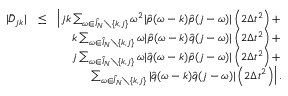
\begin{array} { r l r } { | \bar { D } _ { j k } | } & { \leq } & { \left| j k \sum _ { \omega \in \hat { I } _ { N } \setminus \{ k , j \} } \omega ^ { 2 } | \hat { p } ( \omega - k ) \hat { p } ( j - \omega ) | \left( 2 \Delta t ^ { 2 } \right) + \right. } \\ & { } & { \left. k \sum _ { \omega \in \hat { I } _ { N } \setminus \{ k , j \} } \omega | \hat { p } ( \omega - k ) \hat { q } ( j - \omega ) | \left( 2 \Delta t ^ { 2 } \right) + \right. } \\ & { } & { \left. j \sum _ { \omega \in \hat { I } _ { N } \setminus \{ k , j \} } \omega | \hat { q } ( \omega - k ) \hat { p } ( j - \omega ) | \left( 2 \Delta t ^ { 2 } \right) + \right. } \\ & { } & { \left. \sum _ { \omega \in \hat { I } _ { N } \setminus \{ k , j \} } | \hat { q } ( \omega - k ) \hat { q } ( j - \omega ) | \left( 2 \Delta t ^ { 2 } \right) \right| . } \end{array}